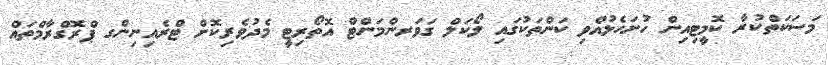
މަސަކަތްކުރާ ކޮމީޓިއިން ހުށަހެޅުއްވި ކަންތަކުގައި ލޯކަލް ގަވަރންމަންޓް އޮތޯރިޓީ މެދުވެރިކޮށް ޓްރެއިނިންގ ޕްރޮގްރާމްތައް